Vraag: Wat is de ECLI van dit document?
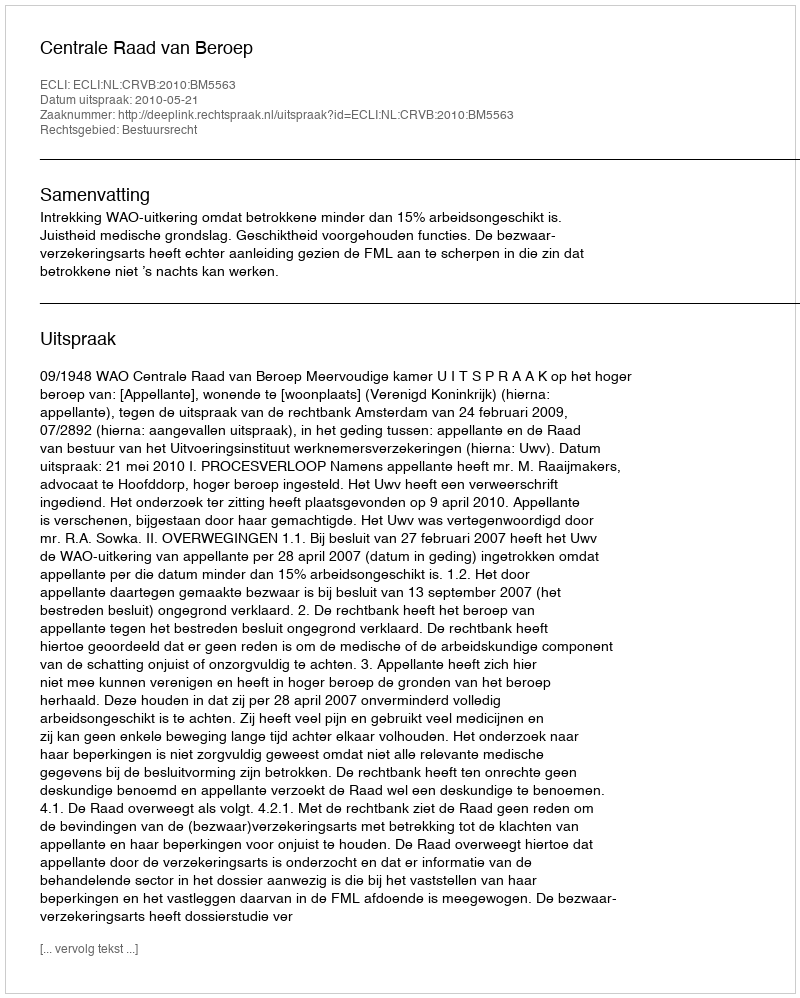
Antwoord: ECLI:NL:CRVB:2010:BM5563